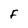
Character: F